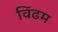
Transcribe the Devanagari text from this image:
विंढम